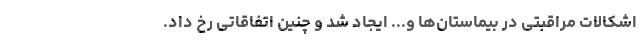
اشکالات مراقبتی در بیماستان‌ها و... ایجاد شد و چنین اتفاقاتی رخ داد.